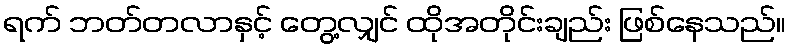
ရက် ဘတ်တလာနှင့် တွေ့လျှင် ထိုအတိုင်းချည်း ဖြစ်နေသည်။